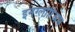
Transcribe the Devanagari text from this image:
इनग्लोरिअस